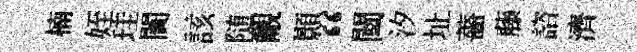
楠姪珪闠該随覼顥“闉汐址薔藤諮濟